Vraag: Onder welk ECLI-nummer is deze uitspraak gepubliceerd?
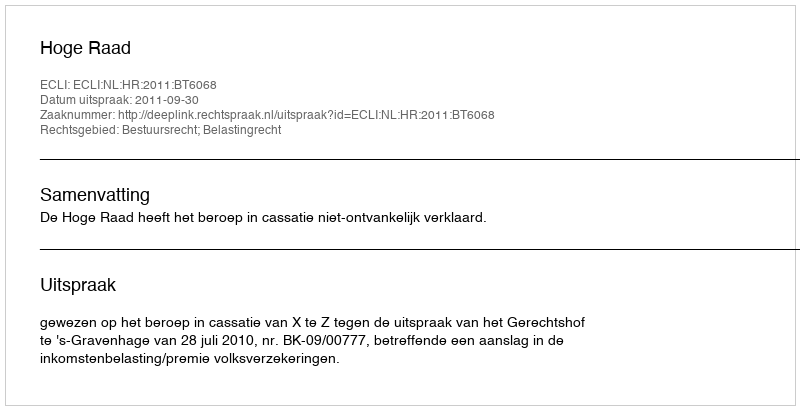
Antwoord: ECLI:NL:HR:2011:BT6068